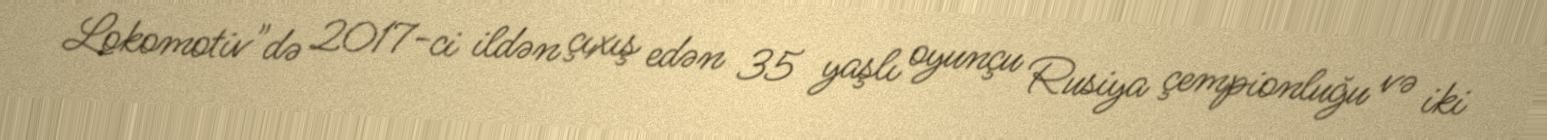
Lokomotiv"də 2017-ci ildən çıxış edən 35 yaşlı oyunçu Rusiya çempionluğu və iki